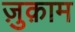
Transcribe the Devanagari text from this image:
ज़ुक़ाम